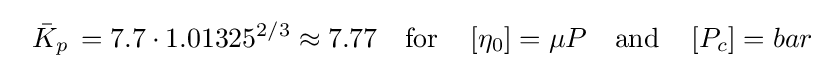
\ \ {\bar {K}}_{p}\,=7.7\cdot 1.01325^{2/3}\approx 7.77\quad {\text{for}}\quad \left[\eta _{0}\right]=\mu P\quad {\text{and}}\quad \left[P_{c}\right]=bar